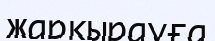
жарқырауға